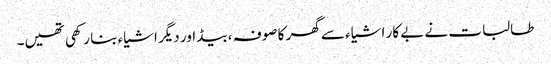
طالبات نے بے کار اشیاء سے گھر کا صوفہ ، بیڈ اور دیگر اشیاء بنا رکھی تھیں۔